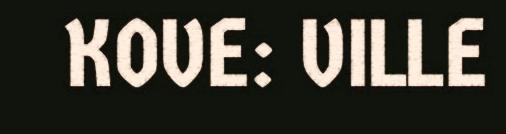
KOVE: VILLE